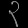
Digit: ၃